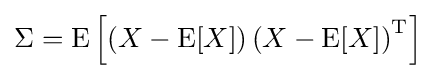
\operatorname {\Sigma } =\operatorname {E} \left[\left(X-\operatorname {E} [X]\right)\left(X-\operatorname {E} [X]\right)^{\mathrm {T} }\right]